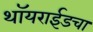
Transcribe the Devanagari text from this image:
थॉयराईडचा